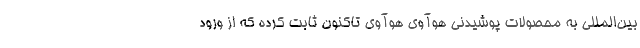
بین‌المللی به محصولات پوشیدنی هوآوی هوآوی تاکنون ثابت کرده که از ورود